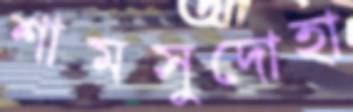
শামসুদোহা